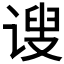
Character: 𫍲